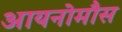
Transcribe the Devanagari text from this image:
आयनोमौस